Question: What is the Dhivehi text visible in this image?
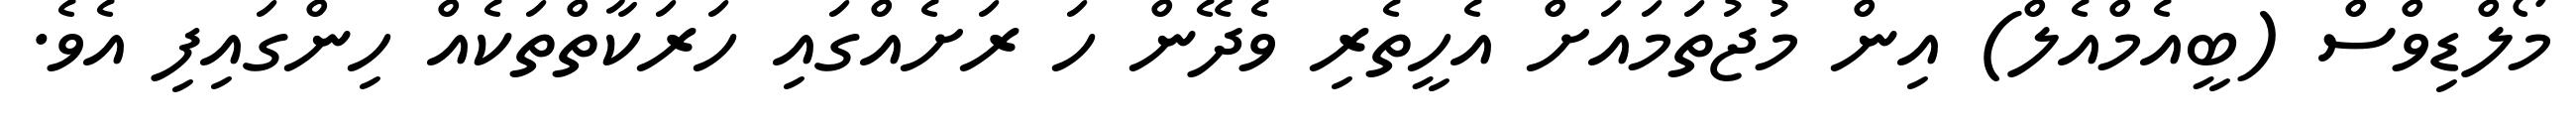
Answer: މޯލްޑިވްސް (ބީއެމްއެލް) އިން މުޖުތަމައަށް އެހީތެރި ވެދޭން ހަ ރަށެއްގައި ހަރަކާތްތަކެއް ހިންގައިފި އެވެ.